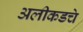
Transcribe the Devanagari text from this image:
अलीकडचे